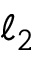
\ell _ { 2 }